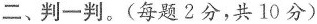
二、判一判。(每题2分，共10分)